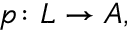
p \colon L \to A ,